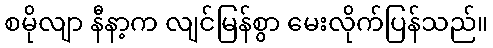
စမိုလျာ နီနာ့က လျင်မြန်စွာ မေးလိုက်ပြန်သည်။